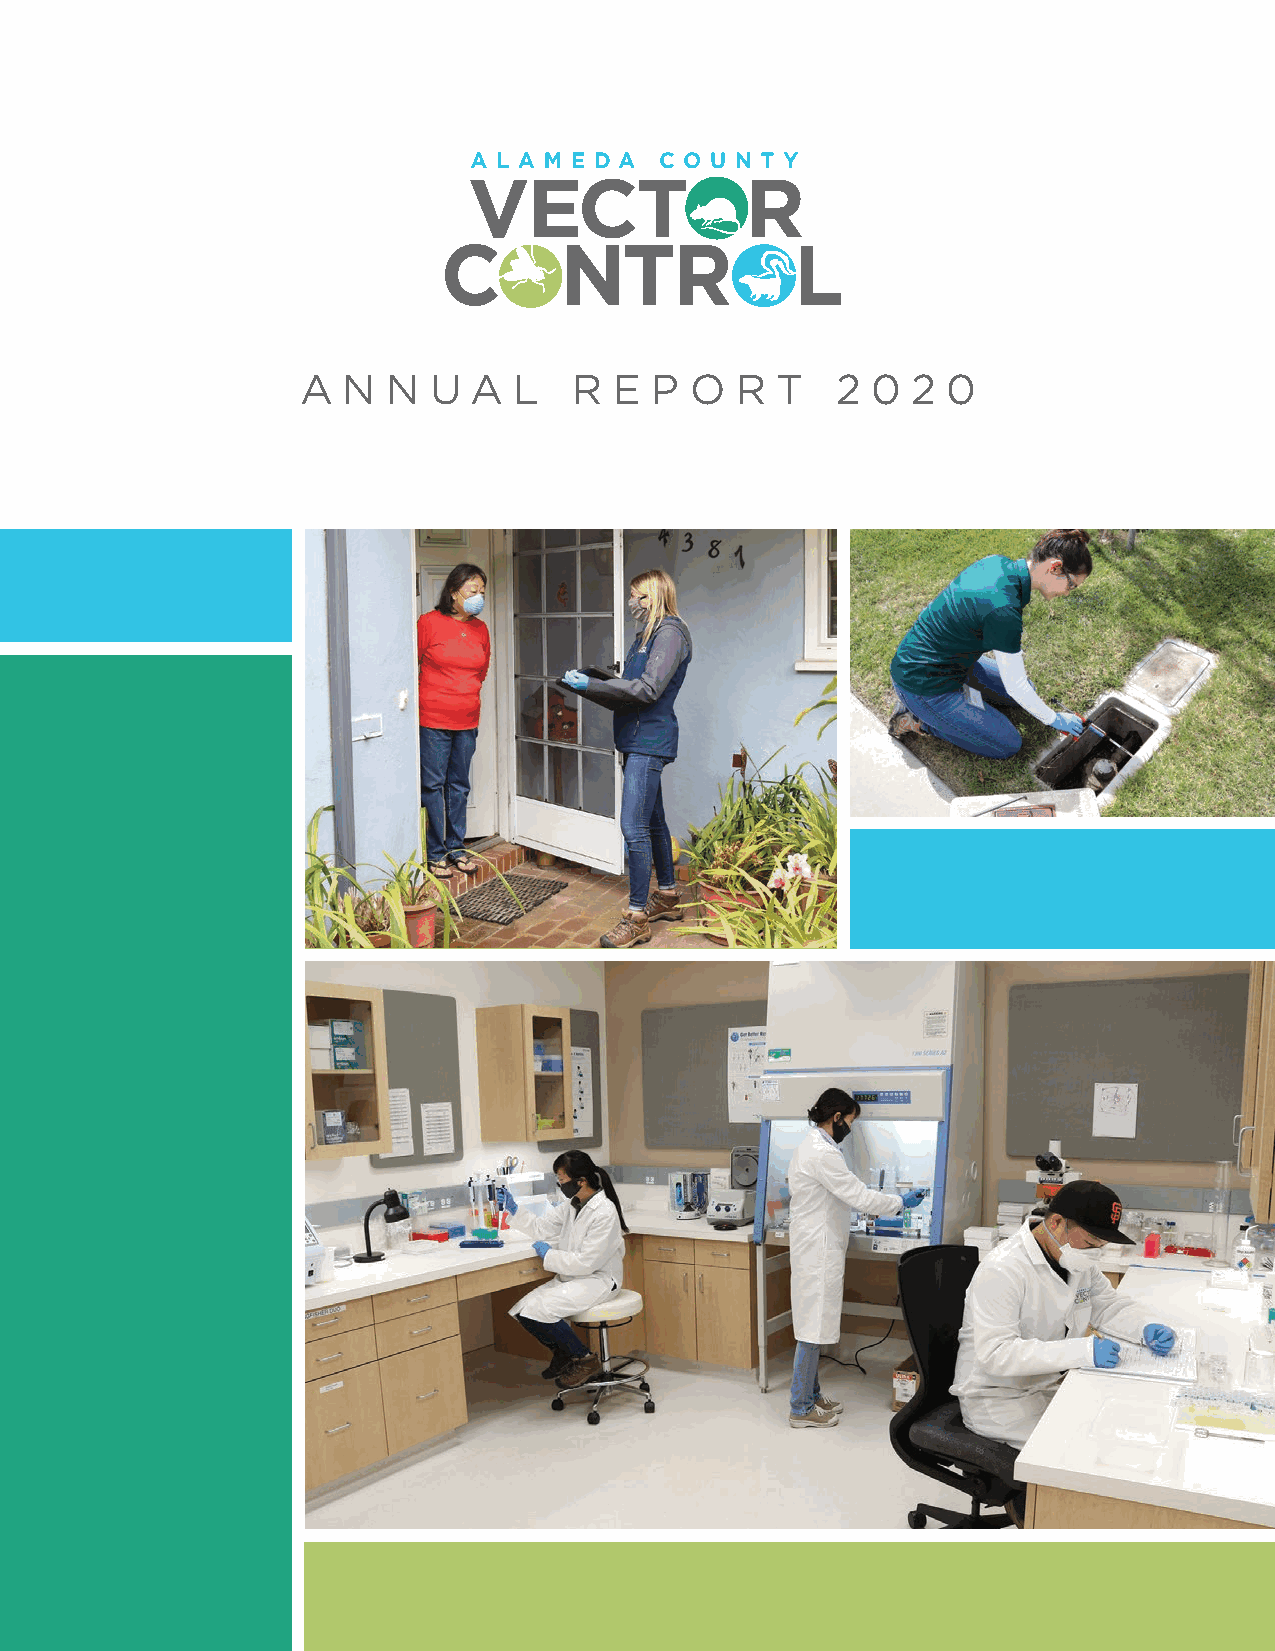
A  N  N U  A  L   R  E P  O  R T   2  0 2  0